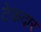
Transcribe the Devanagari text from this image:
टेकदार